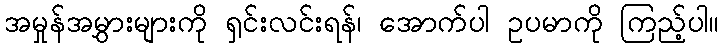
အမှုန်အမွှားများကို ရှင်းလင်းရန်၊ အောက်ပါ ဥပမာကို ကြည့်ပါ။